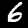
Digit: 6